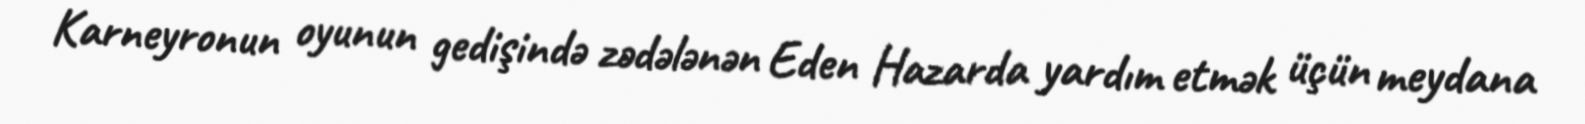
Karneyronun oyunun gedişində zədələnən Eden Hazarda yardım etmək üçün meydana